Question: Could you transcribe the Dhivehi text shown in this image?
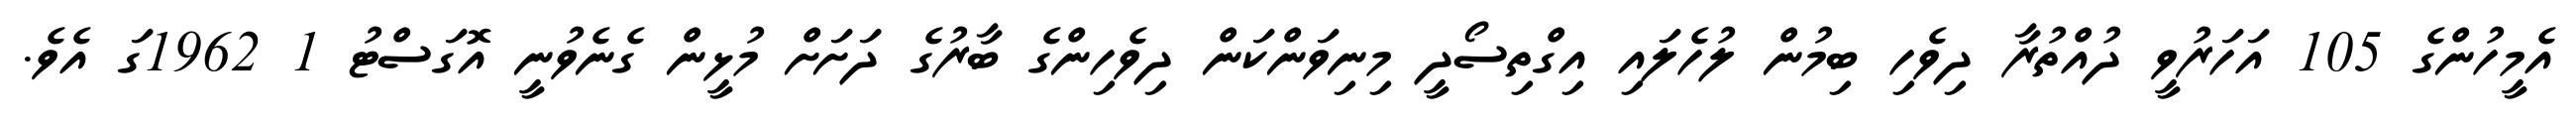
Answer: އެމީހުންގެ 105 އަހަރުވީ ދުއްތުރާ ދިވެހި ބިމުން ލުހެލައި އިގްތިސޯދީ މިނިވަންކަން ދިވެހިންގެ ބާރުގެ ދަށަށް މުޅީން ގެނެވުނީ އޮގަސްޓު 1 1962ގަ އެވެ.